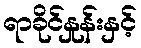
ရာခိုင်နှုန်းနှင့်